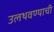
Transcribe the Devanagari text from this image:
उलथवण्याची